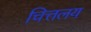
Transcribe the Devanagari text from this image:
चित्तलय